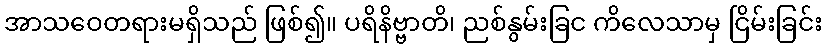
အာသဝေတရားမရှိသည် ဖြစ်၍။ ပရိနိဗ္ဗာတိ၊ ညစ်နွမ်းခြင ကိလေသာမှ ငြိမ်းခြင်း